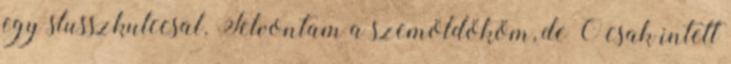
egy slusszkulccsal. Felvontam a szemöldököm, de Ő csak intett